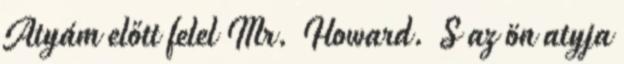
Atyám előtt felel Mr. Howard. S az ön atyja